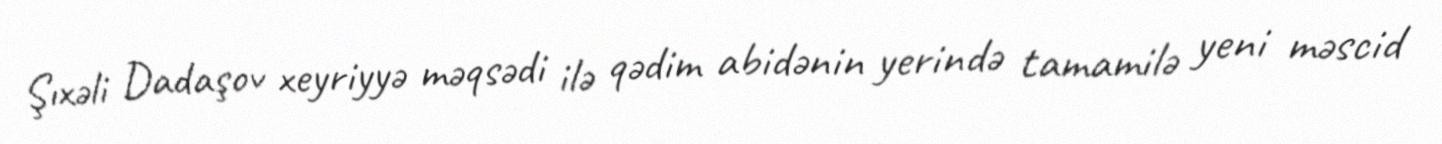
Şıхəli Dаdаşоv хеyriyyə məqsədi ilə qədim аbidənin yеrində tаmаmilə yеni məscid